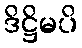
ဒိဋ္ဌိမပိ